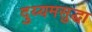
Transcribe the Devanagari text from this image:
दुय्यमसुद्धा